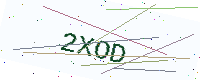
Text: 2XOD